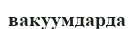
вакуумдарда